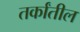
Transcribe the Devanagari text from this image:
तर्कांतील